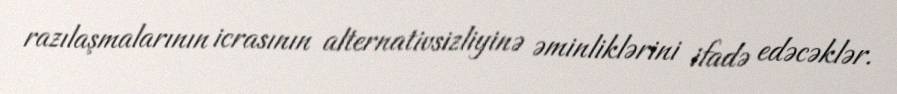
razılaşmalarının icrasının alternativsizliyinə əminliklərini ifadə edəcəklər.